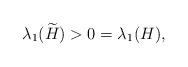
LaTeX: \begin{align*} \lambda_1 (\widetilde H) > 0 = \lambda_1 (H),\end{align*}